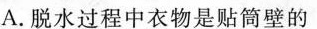
A.脱水过程中衣物是贴筒壁的